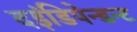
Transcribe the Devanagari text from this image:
दइंडिपेन्डन्ट